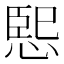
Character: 𭝨